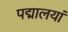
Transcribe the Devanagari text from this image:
पद्मालयां